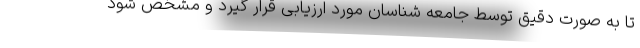
تا به صورت دقیق توسط جامعه شناسان مورد ارزیابی قرار گیرد و مشخص شود